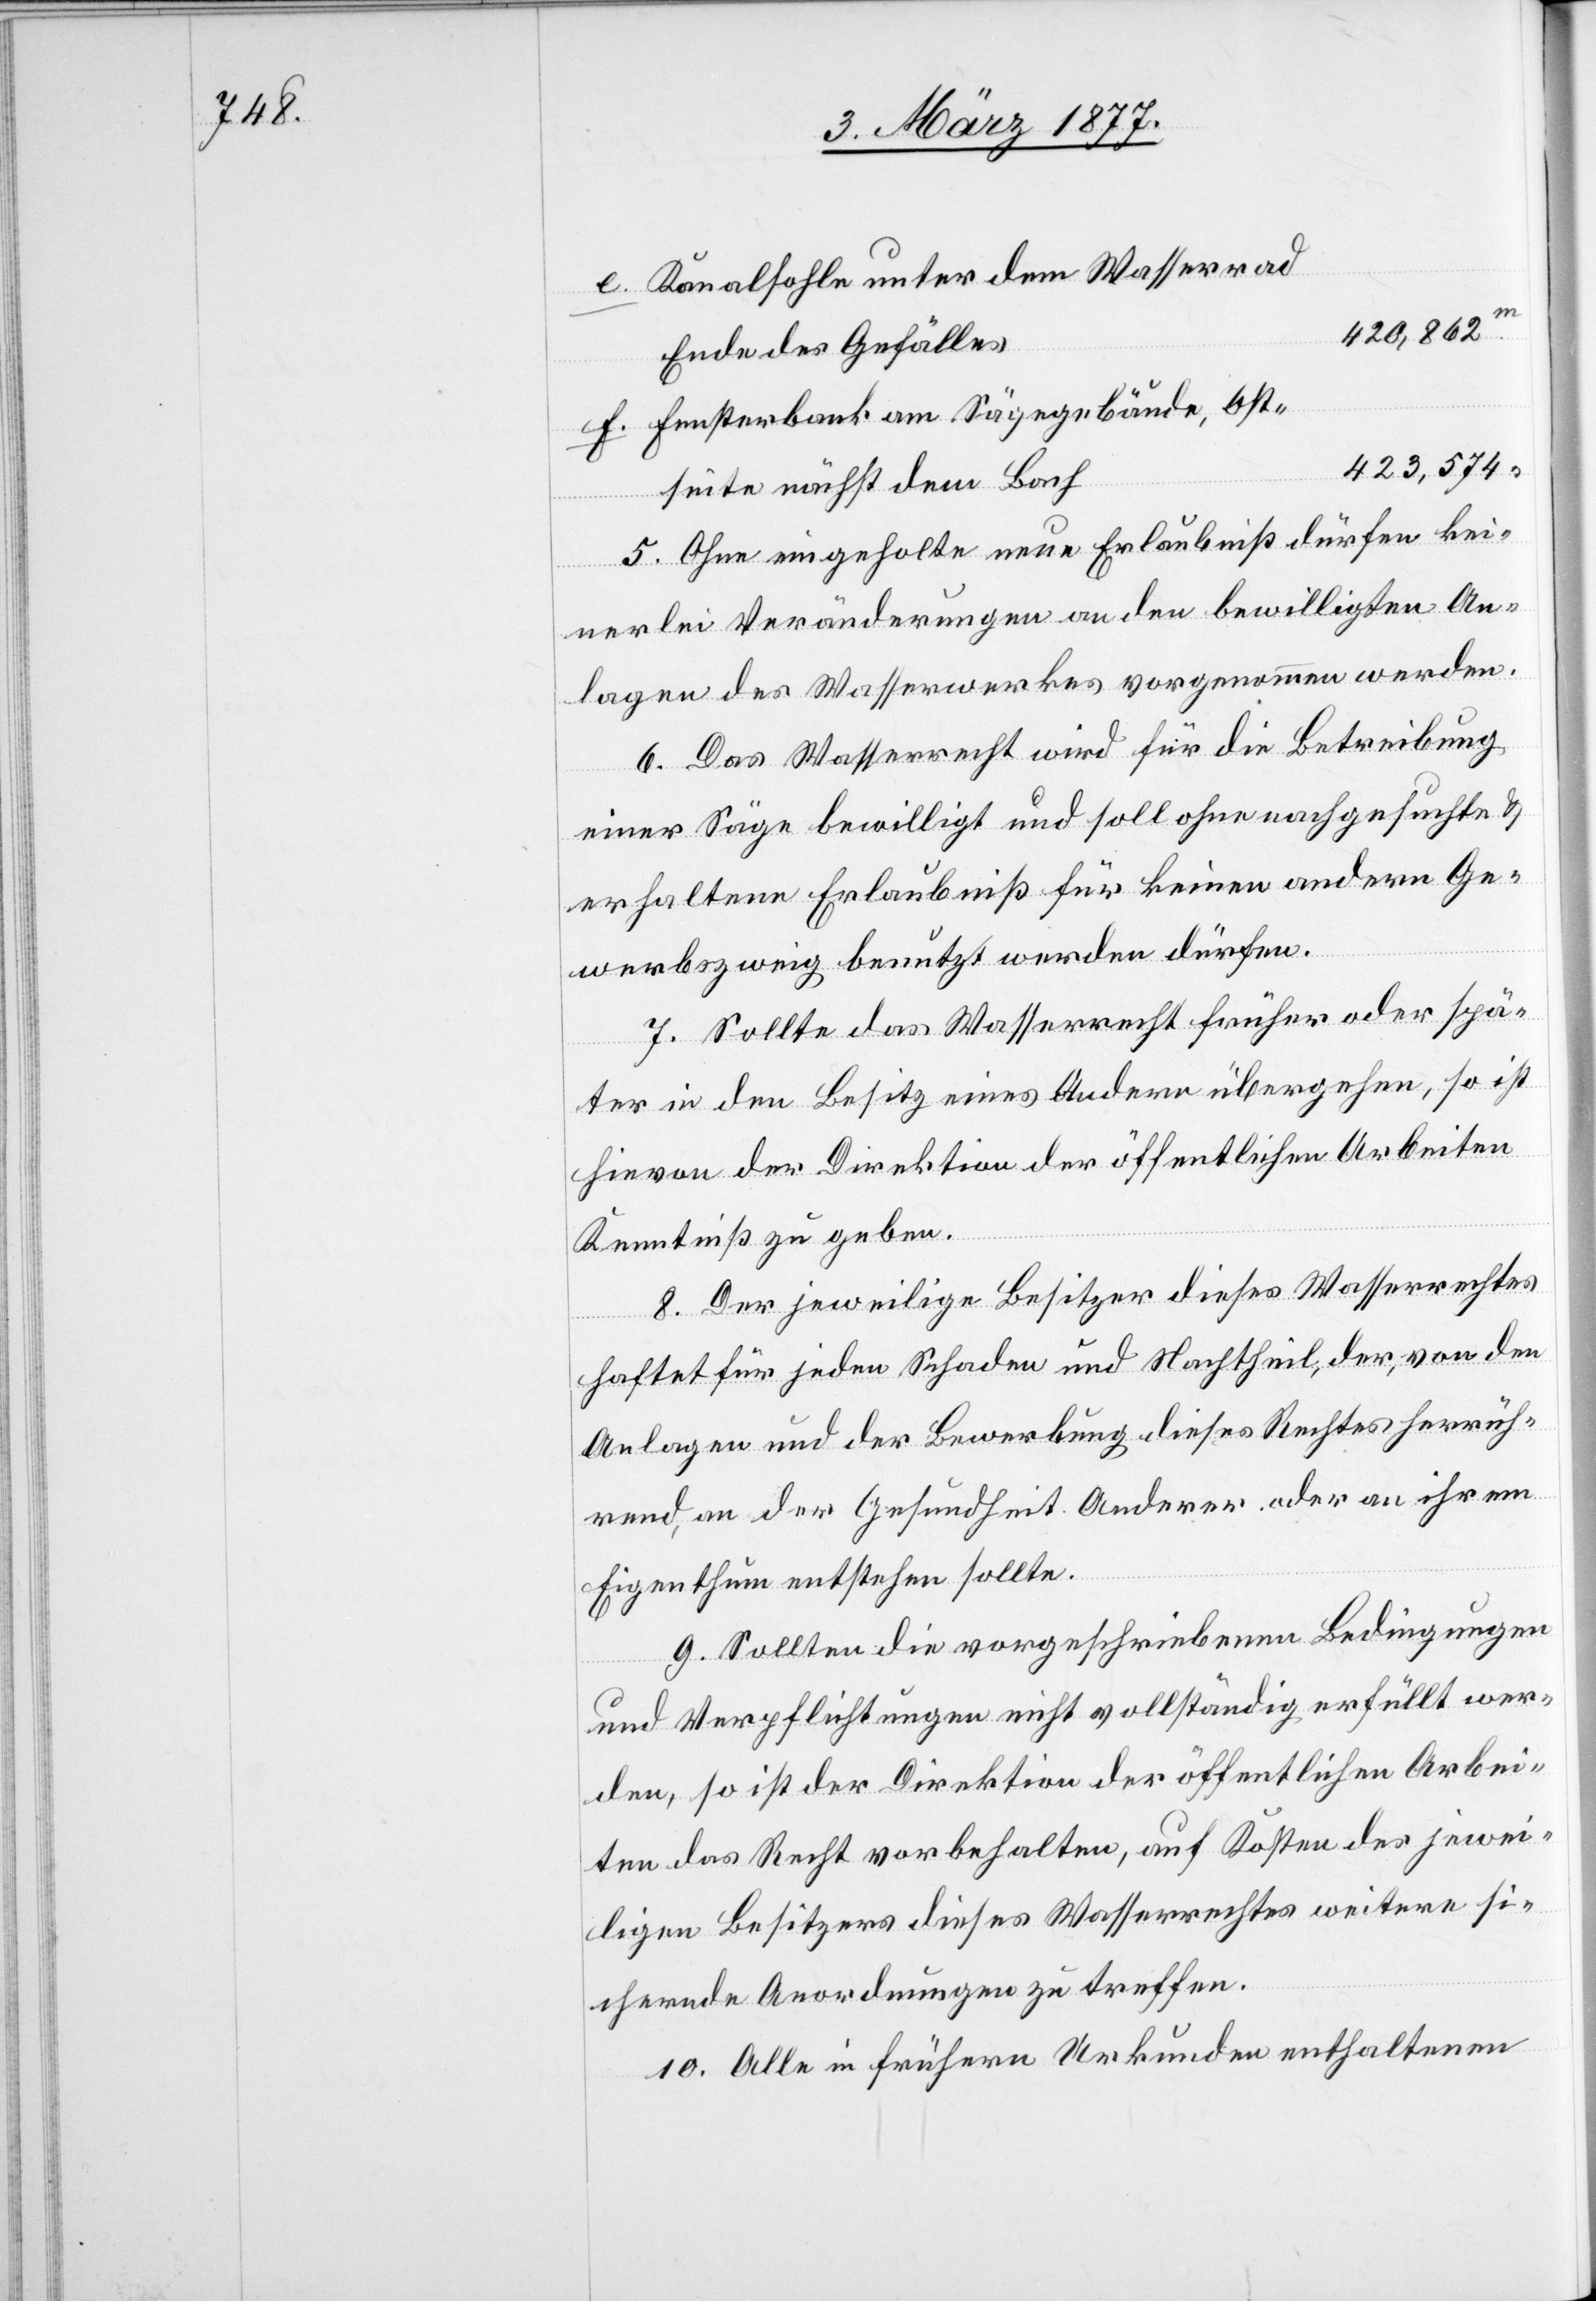
Kanalsohle unter dem Wasserrad
f.
420,862
Ende des Gefälles
Fensterbank am Sägegebäude, Ost¬
423,574
seite nächst dem Bach
5. Ohne eingeholte neue Erlaubniß dürfen kei¬
e.
nerlei Veränderungen an den bewilligten An¬
lagen des Wasserwerkes vorgenommen werden.
6. Das Wasserrecht wird für die Betreibung
einer Säge bewilligt und soll ohne nachgesuchte &
erhaltene Erlaubniß für keinen andern Ge¬
werbszweig benutzt werden dürfen.
7. Sollte das Wasserrecht früher oder spä¬
ter in den Besitz eines Andern übergehen, so ist
hievon der Direktion der öffentlichen Arbeiten
Kenntniß zu geben.
8. Der jeweilige Besitzer dieses Wasserrechtes
haftet für jeden Schaden und Nachtheil, der, von den
Anlagen und der Bewerbung dieses Rechtes herrüh¬
rend, an der Gesundheit Anderer oder an ihrem
Eigenthum entstehen sollte.
9. Sollten die vorgeschriebenen Bedingungen
und Verpflichtungen nicht vollständig erfüllt wer¬
den, so ist der Direktion der öffentlichen Arbei¬
ten das Recht vorbehalten, auf Kosten des jewei¬
ligen Besitzers dieses Wasserrechtes weitere si¬
chernde Anordnungen zu treffen.
10. Alle in frühern Urkunden enthaltenen